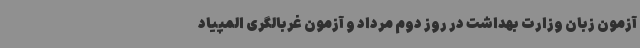
آزمون زبان وزارت بهداشت در روز دوم مرداد و آزمون غربالگری المپیاد